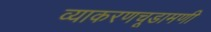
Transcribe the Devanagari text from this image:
व्याकरणचूडामणी